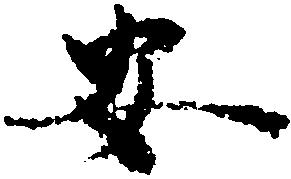
安